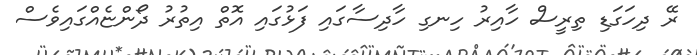
ރޭ ދިހަގަޑި ތިރީސް ހާއިރު ހިނގި ހާދިސާގައި ފަޅުގައި އޮތް އިތުރު ދޯންޏެއްގައިވެސް